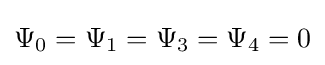
\Psi _{0}=\Psi _{1}=\Psi _{3}=\Psi _{4}=0